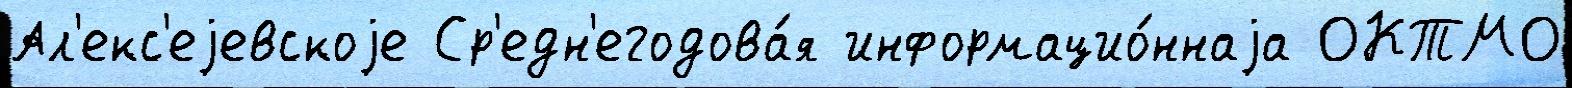
Ал'екс'еjевскоjе Ср'едн'егодова́я информацио́ннаjа ОКТМО